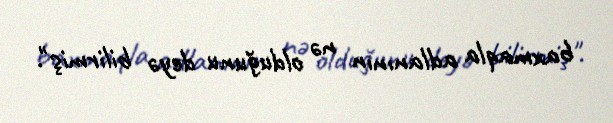
baxmaqla adlanının nə olduğunu deyə bilirmiş".